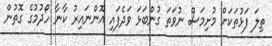
ތިލަ ފަޅުތަކަށް މުށިމަސް ނުވަތަ ގުންބަޅަ ވަދެފައި އޮންނައިރު ކާނާ ހޯދުމުގެ ގޮތުން